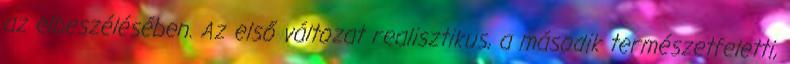
az elbeszélésében. Az első változat realisztikus, a második természetfeletti,